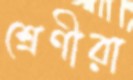
শ্রেণীরা